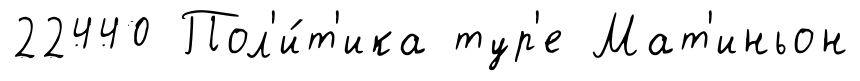
22440 Пол'и́т'ика тур'е Мат'иньон